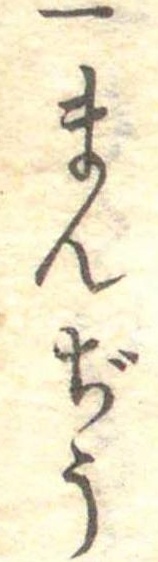
一まんぢう